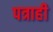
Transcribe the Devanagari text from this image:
पत्राही